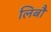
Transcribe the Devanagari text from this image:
लिबौ